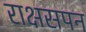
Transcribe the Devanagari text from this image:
राक्षसपन